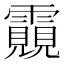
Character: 䨳